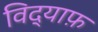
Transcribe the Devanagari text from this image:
विद्याफ़